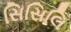
સિસિલિ